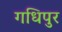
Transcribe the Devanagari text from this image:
गधिपुर